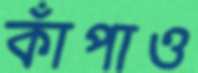
কাঁপাও